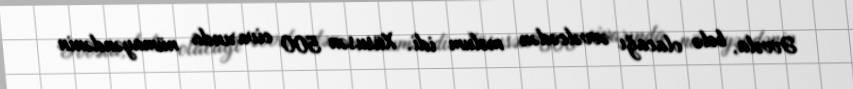
Əvvəla, belə olacağı əvvəlcədən məlum idi. Xüsusən 500 civarında nümayəndənin